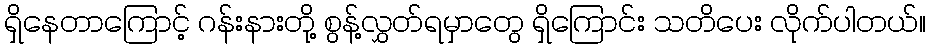
ရှိနေတာကြောင့် ဂန်းနားတို့ စွန့်လွှတ်ရမှာတွေ ရှိကြောင်း သတိပေး လိုက်ပါတယ်။